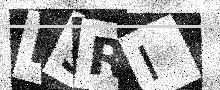
Text: R5RI